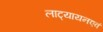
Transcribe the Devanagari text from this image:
लाट्यायनएवं